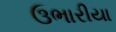
ઉભારીયા